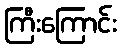
ကြီးကြောင်း